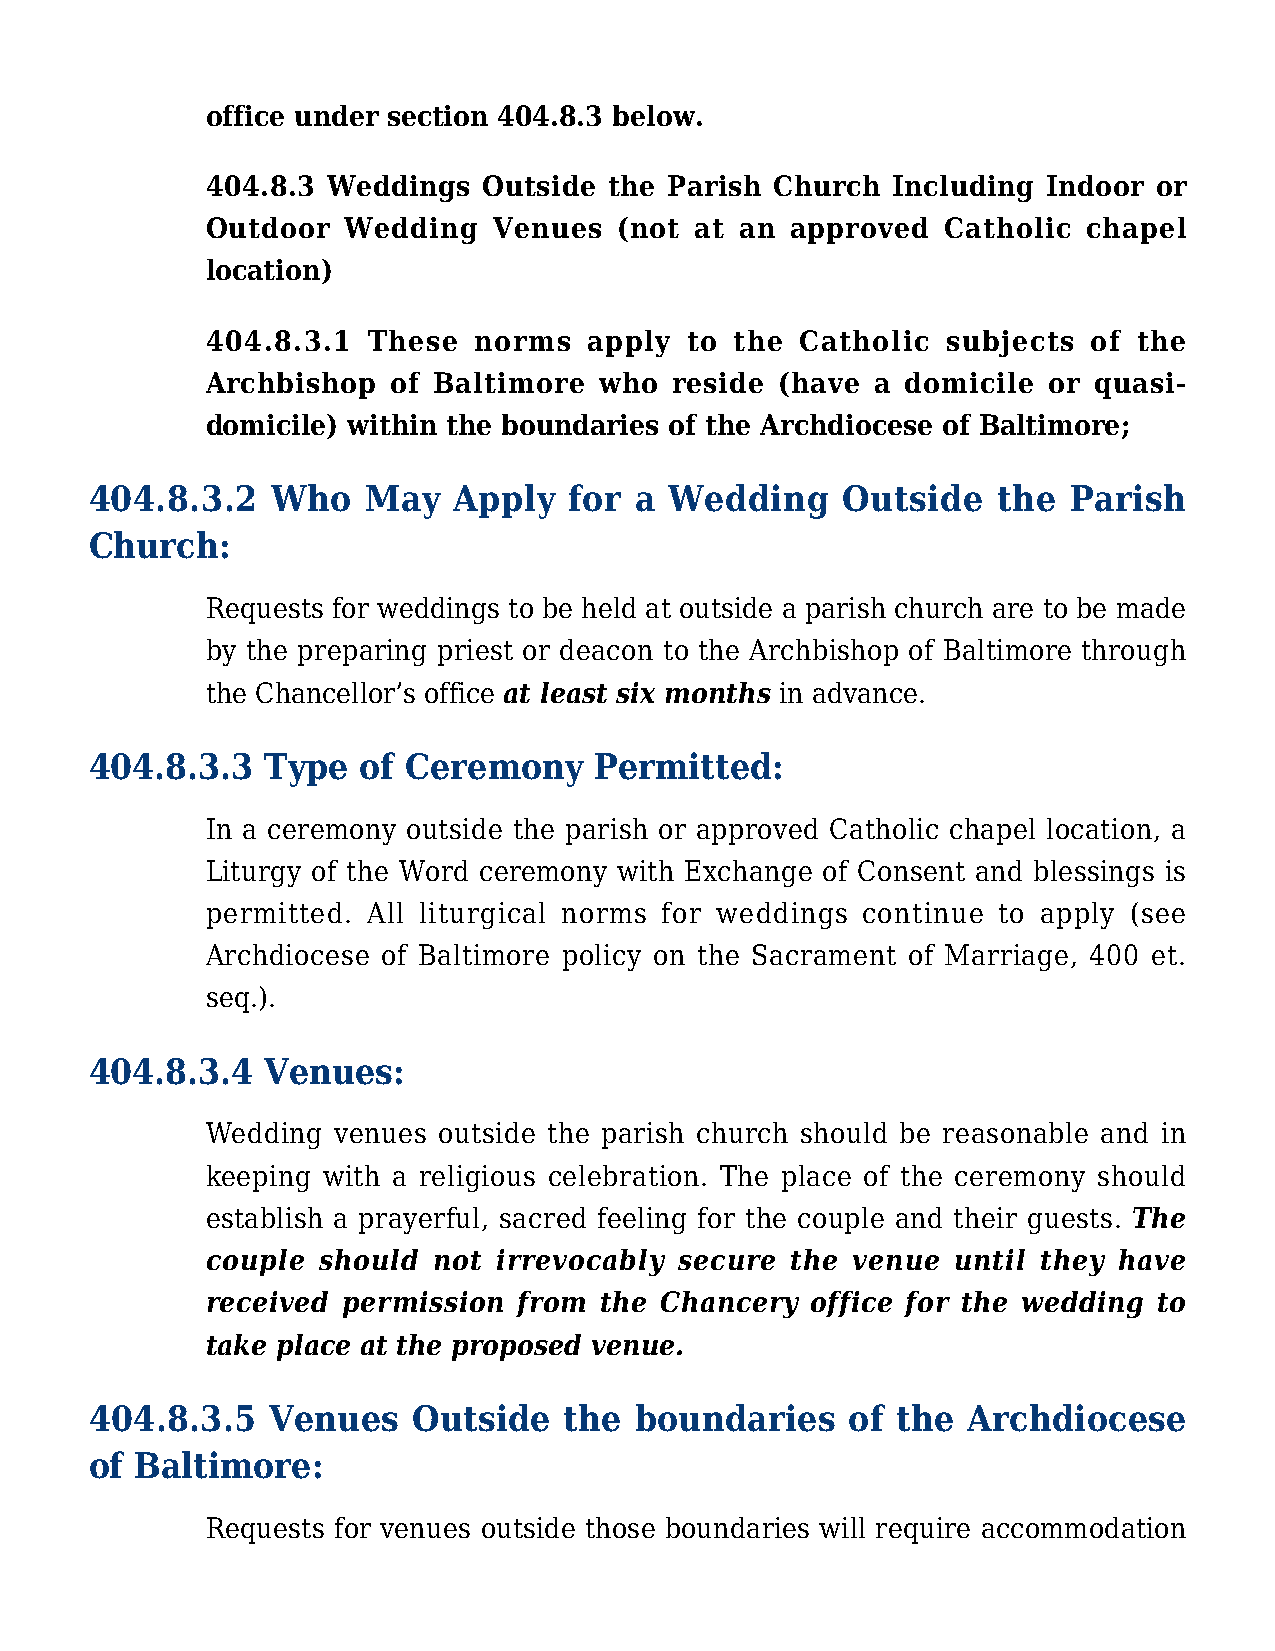
office under section 404.8.3 below.
 404.8.3 Weddings  Outside the Parish Church  Including Indoor  or
 Outdoor  Wedding   Venues  (not at an approved   Catholic chapel
 location)
 404.8.3.1 These  norms   apply to  the Catholic  subjects of the
 Archbishop  of Baltimore  who reside  (have a domicile or quasi-
 domicile) within the boundaries of the Archdiocese of Baltimore;
 404.8.3.2   Who   May   Apply   for a Wedding     Outside   the  Parish
 Church:
 Requests for weddings to be held at outside a parish church are to be made
 by the preparing priest or deacon to the Archbishop of Baltimore through
 the Chancellor’s office at least six months in advance.
 404.8.3.3   Type  of Ceremony    Permitted:
 In a ceremony outside the parish or approved Catholic chapel location, a
 Liturgy of the Word ceremony with Exchange of Consent and blessings is
 permitted. All liturgical norms for weddings continue to apply (see
 Archdiocese of Baltimore policy on the Sacrament of Marriage, 400 et.
 seq.).
 404.8.3.4   Venues:
 Wedding venues outside the parish church should be reasonable and in
 keeping with a religious celebration. The place of the ceremony should
 establish a prayerful, sacred feeling for the couple and their guests. The
 couple should  not irrevocably secure the venue  until they have
 received permission from  the Chancery  office for the wedding to
 take place at the proposed venue.
 404.8.3.5   Venues   Outside   the  boundaries    of the  Archdiocese
 of Baltimore:
 Requests for venues outside those boundaries will require accommodation